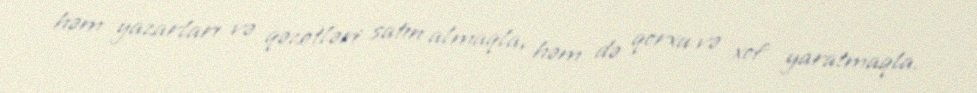
həm yazarları və qəzetləri satın almaqla, həm də qorxu və xof yaratmaqla.